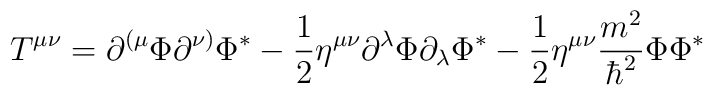
T^{\mu \nu }=\partial ^{(\mu }\Phi \partial ^{\nu )}\Phi ^{*}-\frac 12\eta^{\mu \nu }\partial ^\lambda \Phi \partial _\lambda \Phi ^{*}-\frac 12\eta^{\mu \nu }\frac{m^2}{\hbar ^2}\Phi \Phi ^{*}